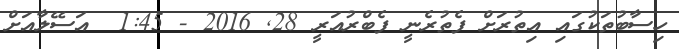
ހިސާބުތަކުގައި އިތުރަށް ފެތުރެނީ ފެބްރުއަރީ 28